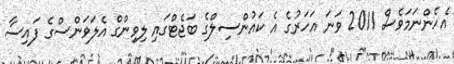
އެހެންނަމަވެސް 2011 ވަނަ އަހަރުގެ އެ ކައުންސިލްގެ ބަޖެޓްގައި ލިވިންގް އެލަވަންސްގެ ފައިސާ